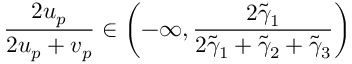
\frac { 2 u _ { p } } { 2 u _ { p } + v _ { p } } \in \left( - \infty , \frac { 2 \tilde { \gamma } _ { 1 } } { 2 \tilde { \gamma } _ { 1 } + \tilde { \gamma } _ { 2 } + \tilde { \gamma } _ { 3 } } \right)